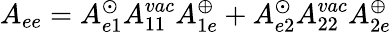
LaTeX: A_{ee}=A_{e1}^{\odot}A_{11}^{vac}A_{1e}^{\oplus}+A_{e2}^{\odot}A_{22}^{vac}A_{2e}^{\oplus}